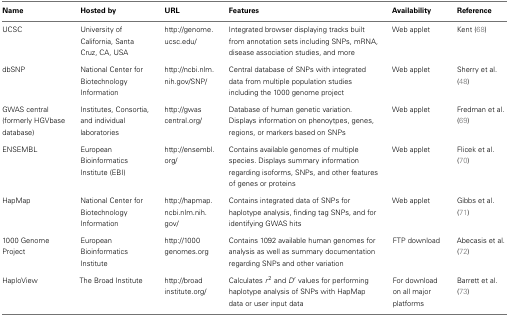
<table><thead><tr><td><b>Name</b></td><td><b>Hosted by</b></td><td><b>URL</b></td><td><b>Features</b></td><td><b>Availability</b></td><td><b>Reference</b></td></tr></thead><tbody><tr><td>UCSC</td><td>University of California, Santa Cruz, CA, USA</td><td>http://genome.ucsc.edu/</td><td>Integrated browser displaying tracks built from annotation sets including SNPs, mRNA, disease association studies, and more</td><td>Web applet</td><td>Kent (68)</td></tr><tr><td>dbSNP</td><td>National Center for Biotechnology Information</td><td>http://ncbi.nlm.nih.gov/SNP/</td><td>Central database of SNPs with integrated data from multiple population studies including the 1000 genome project</td><td>Web applet</td><td>Sherry et al. (48)</td></tr><tr><td>GWAS central (formerly HGVbase database)</td><td>Institutes, Consortia, and individual laboratories</td><td>http://gwascentral.org/</td><td>Database of human genetic variation. Displays information on phenoytpes, genes, regions, or markers based on SNPs</td><td>Web applet</td><td>Fredman et al. (69)</td></tr><tr><td>ENSEMBL</td><td>European Bioinformatics Institute (EBI)</td><td>http://ensembl.org/</td><td>Contains available genomes of multiple species. Displays summary information regarding isoforms, SNPs, and other features of genes or proteins</td><td>Web applet</td><td>Flicek et al. (70)</td></tr><tr><td>HapMap</td><td>National Center for Biotechnology Information</td><td>http://hapmap.ncbi.nlm.nih.gov/</td><td>Contains integrated data of SNPs for haplotype analysis, finding tag SNPs, and for identifying GWAS hits</td><td>Web applet</td><td>Gibbs et al. (71)</td></tr><tr><td>1000 Genome Project</td><td>European Bioinformatics Institute</td><td>http://1000genomes.org</td><td>Contains 1092 available human genomes for analysis as well as summary documentation regarding SNPs and other variation</td><td>FTP download</td><td>Abecasis et al. (72)</td></tr><tr><td>HaploView</td><td>The Broad Institute</td><td>http://broadinstitute.org/</td><td>Calculates <i>r</i><sup>2</sup> and <i>D</i>′values for performing haplotype analysis of SNPs with HapMap data or user input data</td><td>For download on all major platforms</td><td>Barrett et al. (73)</td></tr></tbody></table>